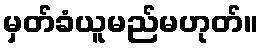
မှတ်ခံယူမည်မဟုတ်။